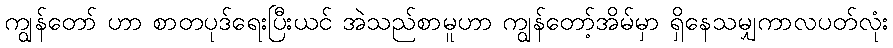
ကျွန်တော် ဟာ စာတပုဒ်ရေးပြီးယင် အဲသည်စာမူဟာ ကျွန်တော့်အိမ်မှာ ရှိနေသမျှကာလပတ်လုံး